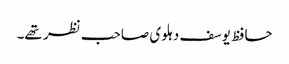
حافظ یوسف دہلوی صاحب نظر تھے۔